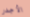
الأجدر